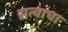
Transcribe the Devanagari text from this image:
सत्वाचा